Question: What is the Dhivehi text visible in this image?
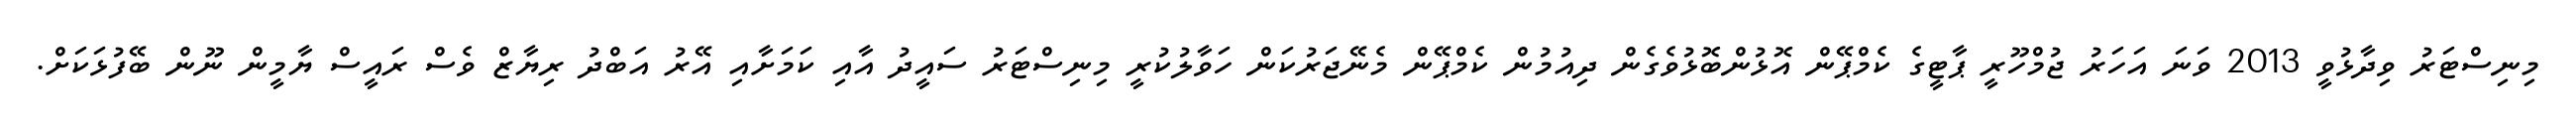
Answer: މިނިސްޓަރު ވިދާޅުވީ 2013 ވަނަ އަހަރު ޖުމްހޫރީ ޕާޓީގެ ކެމްޕޭން އޮޅުންބޮޅުވެގެން ދިއުމުން ކެމްޕޭން މެނޭޖަރުކަން ހަވާލުކުރީ މިނިސްޓަރު ސައީދު އާއި ކަމަށާއި އޭރު އަބްދު ރިޔާޒް ވެސް ރައީސް ޔާމީން ނޫން ބޭފުޅަކަށް.